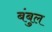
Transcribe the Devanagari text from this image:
बंबुल